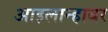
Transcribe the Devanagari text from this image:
आइलान्हावर